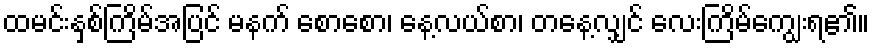
ထမင်းနှစ်ကြိမ်အပြင် မနက် စောစော၊ နေ့လယ်စာ၊ တနေ့လျှင် လေးကြိမ်ကျွေးရ၏။